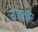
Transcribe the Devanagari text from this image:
राजातंत्र